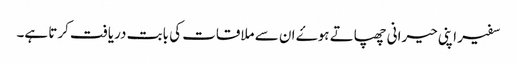
سفیر اپنی حیرانی چھپاتے ہوۓ ان سے ملاقات کی بابت دریافت کرتا ہے۔